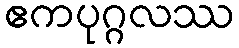
ဧကပုဂ္ဂလဿ